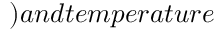
) a n d t e m p e r a t u r e